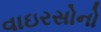
વાઇરસોનો